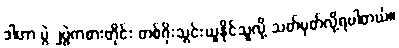
ဒါဟာ ပွဲ ၂ပွဲကစားတိုင်း တစ်ဂိုးသွင်းယူနိုင်သူလို့ သတ်မှတ်လို့ရပါတယ်။